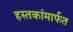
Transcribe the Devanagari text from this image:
हस्तकांमार्फत